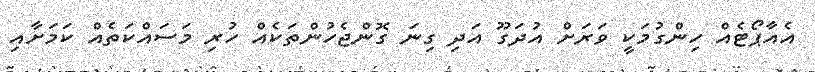
އެއާޕޯޓެއް ހިންގުމަކީ ވަރަށް އުދަގޫ އަދި ގިނަ ގޮންޖެހުންތަކެއް ހުރި މަސައްކަތެއް ކަމަށާއި